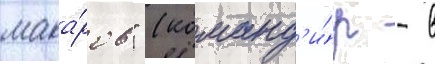
мака́ров" (команд'и́р - в